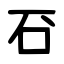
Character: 䂖